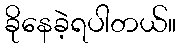
ခိုနေခဲ့ရပါတယ်။